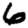
Digit: 6